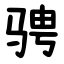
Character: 骋